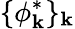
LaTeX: \{ \phi_{\mathbf{k}}^{*}\} _{\mathbf{k}}